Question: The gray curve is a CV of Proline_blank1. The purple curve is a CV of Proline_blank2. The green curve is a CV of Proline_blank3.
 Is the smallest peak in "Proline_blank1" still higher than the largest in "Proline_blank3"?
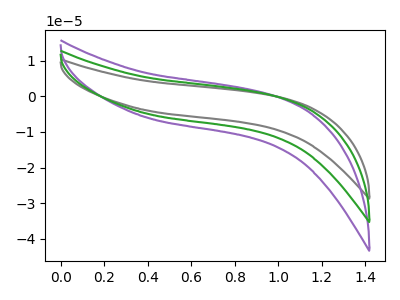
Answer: <think>The gray curve "Proline_blank1" has no peaks. The purple curve "Proline_blank2" has no peaks. The green curve "Proline_blank3" has no peaks.</think>
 <answer>Niether CV has any peaks.</answer>
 <eval>blanks</eval>